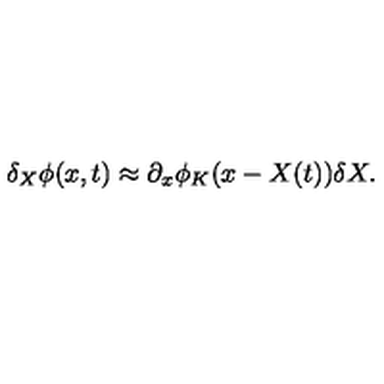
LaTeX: \delta _ { X } \phi ( x , t ) \approx \partial _ { x } \phi _ { K } ( x - X ( t ) ) \delta X .